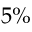
5 \%